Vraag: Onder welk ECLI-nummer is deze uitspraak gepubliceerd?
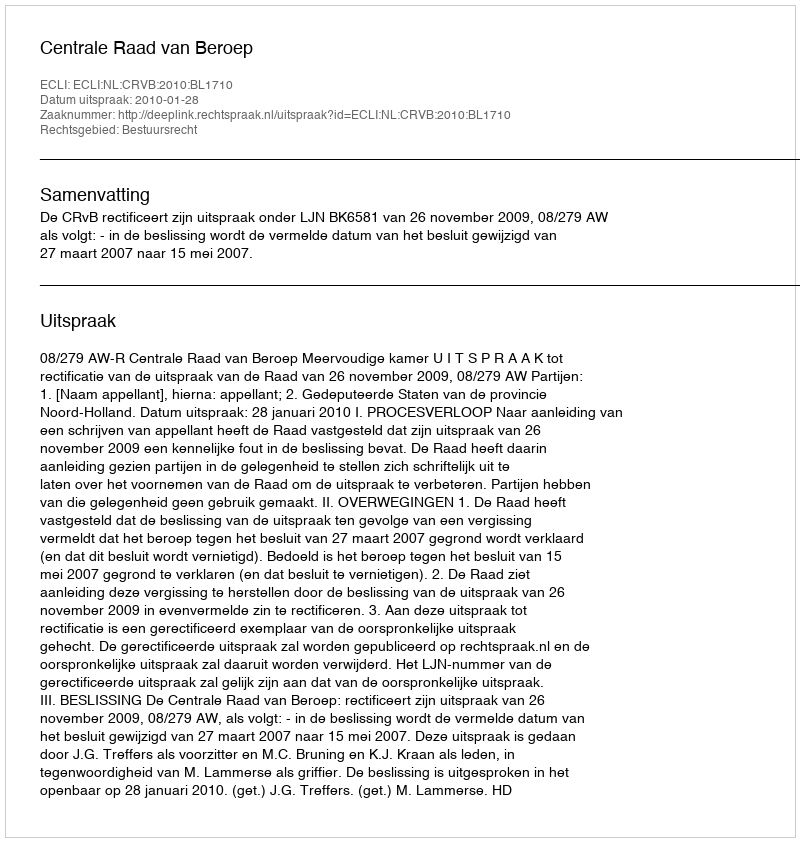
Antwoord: ECLI:NL:CRVB:2010:BL1710